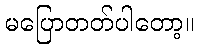
မပြောတတ်ပါတော့။